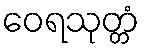
ဝေရသုတ္တံ